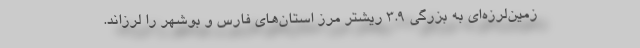
زمین‌لرزه‌ای به بزرگی ۳.۹ ریشتر مرز استان‌‌های فارس و بوشهر را لرزاند.